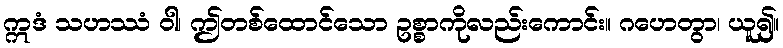
ဣဒံ သဟဿံ ဝါ၊ ဤတစ်ထောင်သော ဥစ္စာကိုလည်းကောင်း။ ဂဟေတွာ၊ ယူ၍။